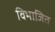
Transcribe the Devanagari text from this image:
विभाजित